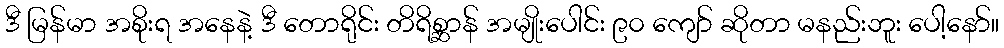
ဒီ မြန်မာ အစိုးရ အနေနဲ့ ဒီ တောရိုင်း တိရိစ္ဆာန် အမျိုးပေါင်း ၉၀ ကျော် ဆိုတာ မနည်းဘူး ပေါ့နော်။